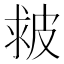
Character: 皳